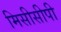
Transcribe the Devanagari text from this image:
मिसीसीपी